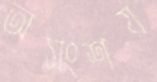
অসংশয়